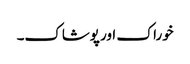
خوراک اور پوشاک۔